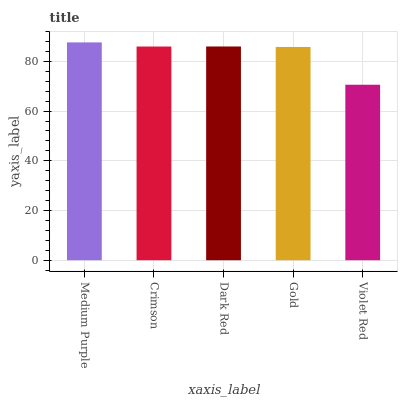
| xaxis_label | bars |
 | --- | --- |
 | Medium Purple | 87.6 |
 | Crimson | 86 |
 | Dark Red | 86 |
 | Gold | 85.8 |
 | Violet Red | 70.6 |